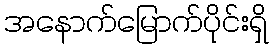
အနောက်မြောက်ပိုင်းရှိ